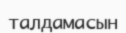
талдамасын